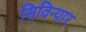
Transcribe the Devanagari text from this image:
सिविन्यार